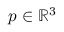
p \in \mathbb { R } ^ { 3 }